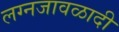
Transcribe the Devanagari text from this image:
लग्नजावळादी